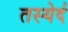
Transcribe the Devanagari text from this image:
तस्येदं